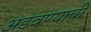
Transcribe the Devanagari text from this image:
अडवण्याची